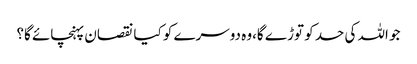
جو اللہ کی حد کو توڑ ے گا،وہ دوسرے کو کیا نقصان پہنچائے گا؟